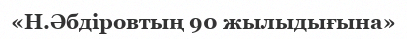
«Н.Әбдіровтың 90 жылыдығына»